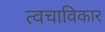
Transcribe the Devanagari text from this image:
त्वचाविकार